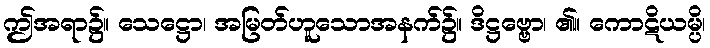
ဤအရာ၌။ သေဋ္ဌော၊ အမြတ်ဟူသောအနက်၌။ ဒိဋ္ဌဗ္ဗော၊ ၏။ ကောဋိယမ္ပိ၊